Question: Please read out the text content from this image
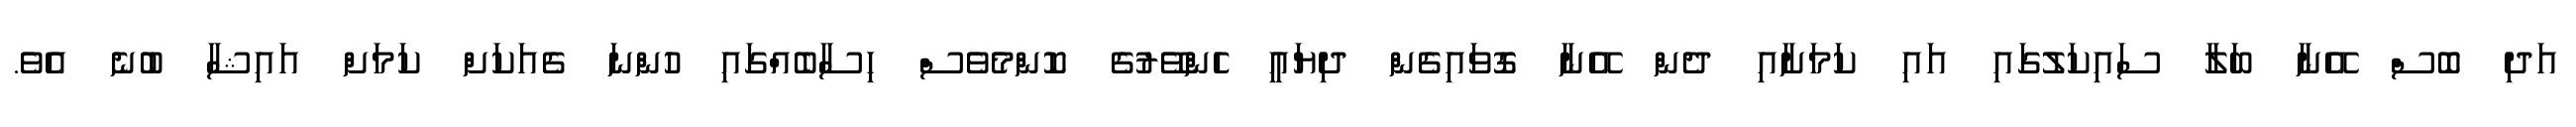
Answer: އަދި ބޮސް އޭނާ ބަލާ ސައިކަލުގައި އައި ކަމަށާއި ދެން އޭނާ ގޮވައިގެން ދިޔައީ ހެންވޭރުގެ ކޮންމެވެސް ހިސާބެއްގައި ހުންނަ ގެއަކަށް ކަމަށް އައިޝާ ބުނެ އެވެ.